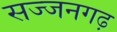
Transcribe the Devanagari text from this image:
सज्‍जनगढ़